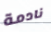
نادمة